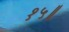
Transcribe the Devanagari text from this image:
१५॥